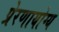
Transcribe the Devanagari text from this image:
प्रेरणायोग्य